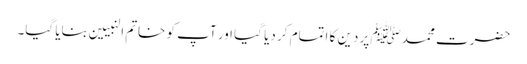
حضرت محمدﷺ پر دین کا اتمام کر دیا گیا اور آپ کو خاتم النبیین بنایا گیا۔